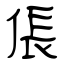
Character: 倀